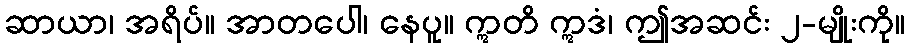
ဆာယာ၊ အရိပ်။ အာတပေါ၊ နေပူ။ ဣတိ ဣဒံ၊ ဤအဆင်း ၂-မျိုးကို။